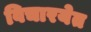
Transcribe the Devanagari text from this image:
विचारयेत